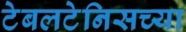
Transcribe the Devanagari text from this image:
टेबलटेनिसच्या